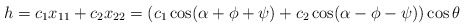
\begin{align*}h=c_{1}x_{11}+c_{2}x_{22}= (c_{1} \cos (\alpha +\phi + \psi) + c_{2} \cos (\alpha -\phi - \psi) )\cos \theta\end{align*}